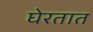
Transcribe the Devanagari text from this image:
घेरतात